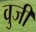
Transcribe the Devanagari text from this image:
वुजी